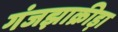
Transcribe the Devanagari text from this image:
गंजझाक्रीड़ा